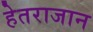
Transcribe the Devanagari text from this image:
हेतराजान